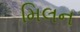
મિલન